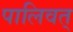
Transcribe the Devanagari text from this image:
पालिवत्‌